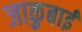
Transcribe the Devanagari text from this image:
जाकुबाई